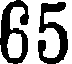
65